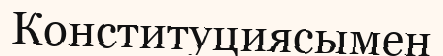
Конституциясымен